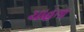
ચાહતા